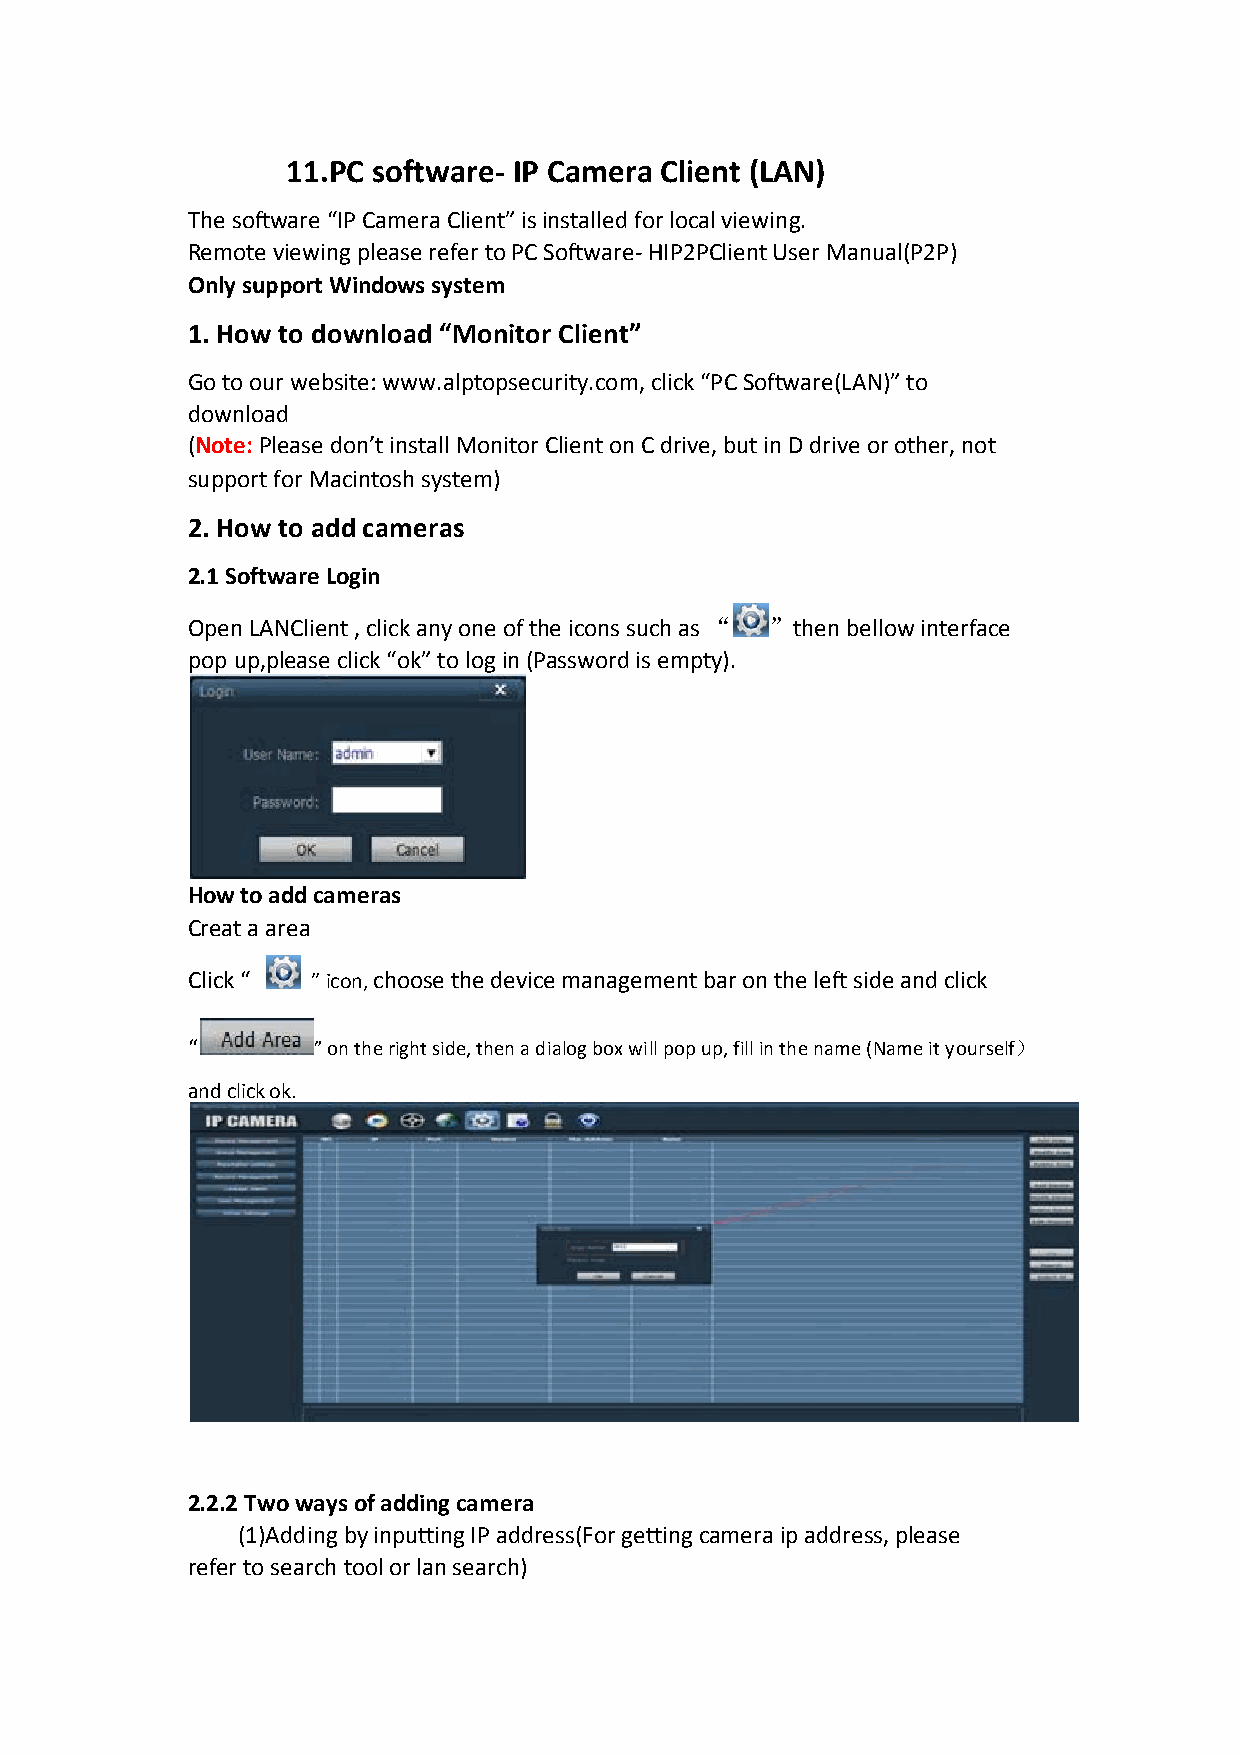
11.PC software- IP Camera Client (LAN)
 The software “IP Camera Client” is installed for local viewing.
 Remote viewing please refer to PC Software- HIP2PClient User Manual(P2P)
 Only support Windows system
 1. How to download “Monitor Client”
 Go to our website: www.alptopsecurity.com, click “PC Software(LAN)” to
 download
 (Note: Please don’t install Monitor Client on C drive, but in D drive or other, not
 support for Macintosh system)
 2. How to add cameras
 2.1 Software Login
 Open LANClient , click any one of the icons such as “ ”then bellow interface
 pop up,please click “ok” to log in (Password is empty).
 How to add cameras
 Creat a area
 Click “  ” icon, choose the device management bar on the left side and click
 “        ” on the right side, then a dialog box will pop up, fill in the name (Name it yourself）
 and click ok.
 2.2.2 Two ways of adding camera
 (1)Adding by inputting IP address(For getting camera ip address, please
 refer to search tool or lan search)